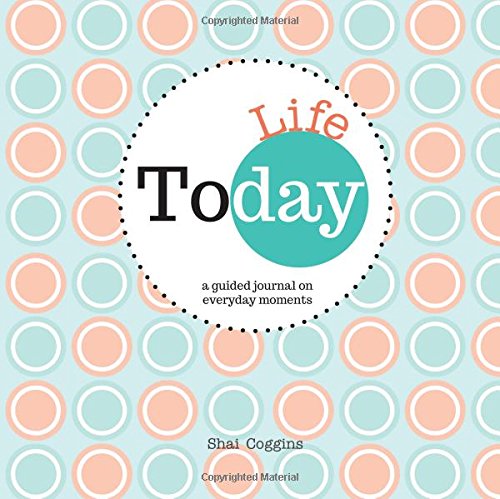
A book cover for Today: Life : A Guided Journal on Everyday Moments (Today Journals); Shai Coggins; Self-Help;